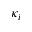
\kappa _ { i }